Sketch of the medical history of the native army of Bombay, for the year
Year: 1875
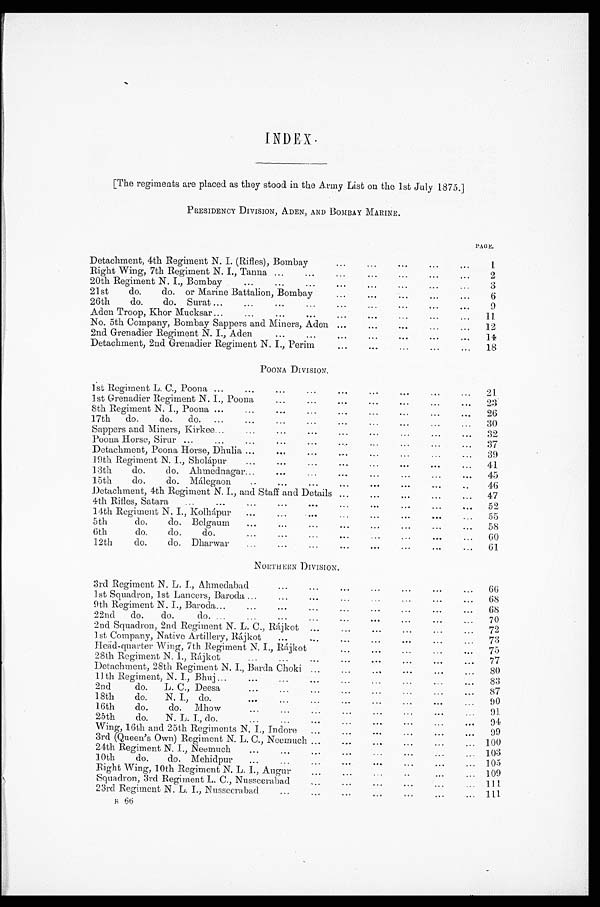
INDEX.
[The regiments arc placed as they stood in the Army List on the 1st July 1875.]
PRESIDENCY DIVISION, ADEN, AND BOMBAY MARINE.
R 6 6
PAGE.
Detachment, 4th Regiment N. I. (Rifles), Bombay
...
...
...
...
...
1
Right Wing, 7th Regiment N. I., T anna ...
...
...
...
...
...
...
2
20th Regiment N. I., Bombay .
...
...
...
...
...
...
...
...
3
21st
do.
do. or Marine Battalion, Bombay
...
...
.... ... ...
6
26th
do.
do. Surat ...
...
...
...
...
...
...
...
...
9
Aden Troop, Khor Mucksar ...
...
...
...
...
...
...
...
...
11
No. 5th Company, Bombay Sappers and Miners, Aden ...
...
...
...
...
12
2nd Grenadier Regiment N. I., Aden
...
...
...
...
...
...
...
14
Detachment, 2nd Grenadier Regiment N. I., Perim
...
...
...
...
...
18
POONA DIVISION.
1 s t
R e g i m e n t
L .
C . , P o o n a
. . .
. . .
. . .
. . .
. . .
. . .
. . .
21
1st Grenadier Regiment N. I ., Poona
...
...
...
...
...
... ...
23
8th Regiment N. I ., Poona ...
...
...
...
...
...
...
... ...
2 6
17th
do.
do.
do.
...
...
...
...
...
...
...
...
...
30
Sappers and Miners, Kirkee ...
...
...
...
...
...
...
...
...
32
Poona Horse, Sirur ...
...
...
...
...
...
...
...
...
...
37
Detachment, Poona Horse, Dhulia ...
...
...
...
...
...
39
19th Regiment N. I., Sholápur
...
...
...
...
...
...
...
...
41
13th do. do. Ahmednagar... ... ... ... ... ... ... ...
45
15th
do.
do. Málegaon
..
...
...
...
...
...
...
..
46
Detachment, 4th Regiment N. I., and Staff and Details ...
...
... ...
...
47
4th Rifles, Satara
,..
...
...
...
...
...
...
...
...
...
52
14th Regiment N. I., Kolhápur
...
...
...
...
...
...
...
55
5th
do.
do. Belgaum
...
...
...
...
...
...
...
...
58
6th
do.
do.
do.
...
...
...
...
...
...
60
12th
do.
do. Dharwar
...
...
...
...
...
...
...
61
NORTHERN DIVISION.
3rd Regiment N. L. I., Ahmedabad
...
...
...
...
...
...
...
66
1st Squadron, 1st Lancers, Baroda ...
...
...
...
...
68
9th Regiment N. I., Baroda...
...
...
...
...
...
...
...
...
68
22nd
do.
do.
do. ...
...
...
...
...
...
...
...
...
70
2nd Squadron, 2nd Regiment N. L. C., Rájkot
... ...
...
...
...
...
72
1st Company, Native Artillery, Rájkot
...
...
...
...
...
...
...
73
Head-quarter Wing, 7th Regiment N. I., Rájkot... ...
75
28th Regiment N. 1., Rájkot
...
...
...
...
...
...
...
...
77
Detachment, 28th Regiment N. I., Barda Choki ... ...
...
...
...
...
80
Bhuj
1 1 t h R e g i m e n t , N . I . ,
B h u j . . .
. . .
. . .
. . .
. . .
83
2nd
do.
L. C., Deesa
...
...
...
...
...
...
...
87
18th
do.
N. I., do...
.
..
...
...
...
...
...
...
90
16th
do.
do.
Mhow
...
...
...
...
...
...
...
...
91
25th
do.
N. L. I., do.
...
...
...
...
...
...
...
...
94
Wing, 16th and 25th Regiments N. I., Indore
...
...
...
...
...
...
99
3rd (Queen's Own) Regiment N. L. C., Neemuch ...
...
...
...
...
...
100
24th Regiment N. I., Neemuch
...
...
...
...
...
...
...
... 103
10th
do.
do. Mehidpur
...
...
...
...
...
...
...
... 105
Right Wing, 10th Regiment N. L. I., Augur. .
.
...
...
...
. . .
. . .
109
Squadron, 3rd Regiment L. C., Nusseerabad...
...
...
...
...
...
111
23rd Regiment N. L. I., Nusseerabad...
...
...
...
111
s 66